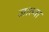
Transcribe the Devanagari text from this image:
जाल्वा